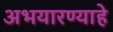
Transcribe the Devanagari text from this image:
अभयारण्याहे